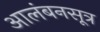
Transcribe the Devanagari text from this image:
आलंबनसूत्र